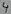
Text: 4